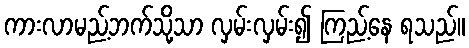
ကားလာမည့်ဘက်သို့သာ လှမ်းလှမ်း၍ ကြည့်နေ ရသည်။